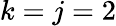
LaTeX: k=j=2